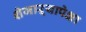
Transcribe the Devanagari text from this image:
शेजाऱ्यापेक्षा